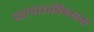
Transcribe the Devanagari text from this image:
व्यापाराविषयक